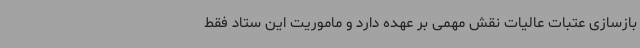
بازسازی عتبات عالیات نقش مهمی بر عهده دارد و ماموریت این ستاد فقط